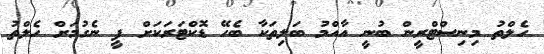
ހެލްތު މިނިސްޓްރީން ބުނީ އާއްމު ބަލިތަކާ ބެހޭ ޑޮކްޓަރަކަށް ފީ ނެގުމަށް ހެލްތު